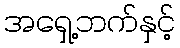
အရှေ့ဘက်နှင့်